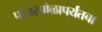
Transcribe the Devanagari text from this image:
पांजरपोळापर्यंतचा